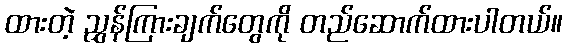
ထားတဲ့ ညွှန်ကြားချက်တွေကို တည်ဆောက်ထားပါတယ်။